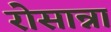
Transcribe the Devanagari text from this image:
रोसान्ना